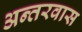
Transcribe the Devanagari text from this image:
अन्तरवास